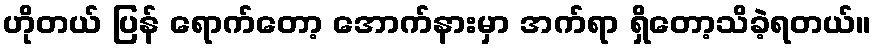
ဟိုတယ် ပြန် ရောက်တော့ အောက်နားမှာ အက်ရာ ရှိတော့သိခဲ့ရတယ်။